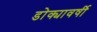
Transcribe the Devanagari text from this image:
डोक्यावर्षी